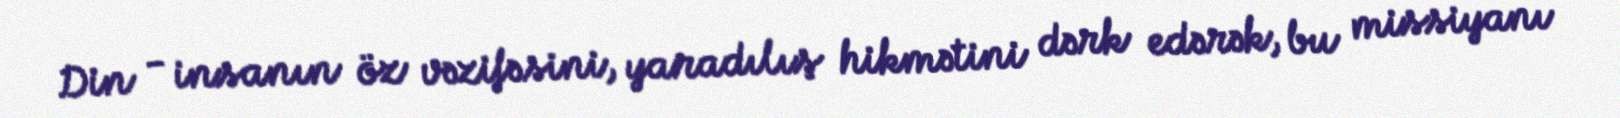
Din - insanın öz vəzifəsini, yaradılış hikmətini dərk edərək, bu missiyanı